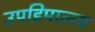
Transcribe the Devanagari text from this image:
उपहिमालय